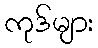
ကုဒ်များ